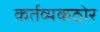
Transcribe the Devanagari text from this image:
कर्तव्यकठोर